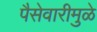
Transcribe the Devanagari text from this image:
पैसेवारीमुळे